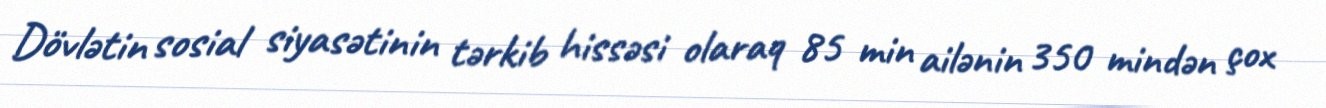
Dövlətin sosial siyasətinin tərkib hissəsi olaraq 85 min ailənin 350 mindən çox